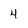
Character: 4